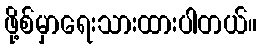
ဖို့စ်မှာရေးသားထားပါတယ်။